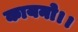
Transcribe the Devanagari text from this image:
कायनो।।